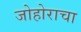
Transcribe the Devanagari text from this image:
जोहोराचा